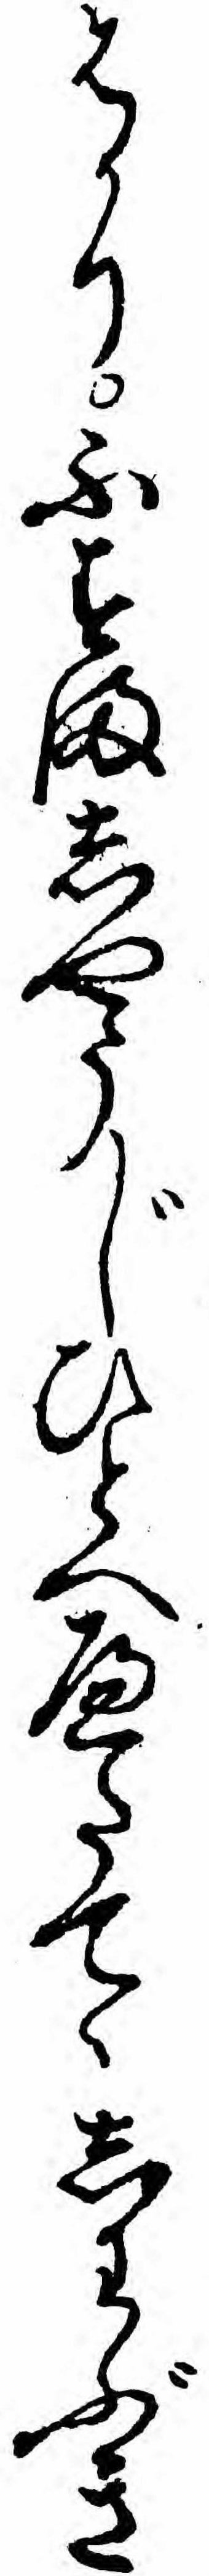
はかりふすましやうじひとへへたてゝしわぶき